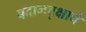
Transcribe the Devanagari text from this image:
बदानवृक्षाचे